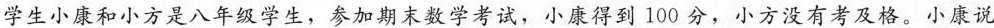
学生小康和小方是八年级学生，参加期末数学考试，小康得到 100 分，小方没有考及格。小康说